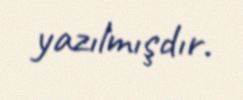
yazılmışdır.